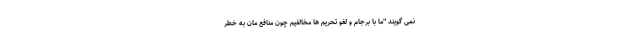
نمی گویند "ما با برجام و لغو تحریم ها مخالفیم چون منافع مان به خطر